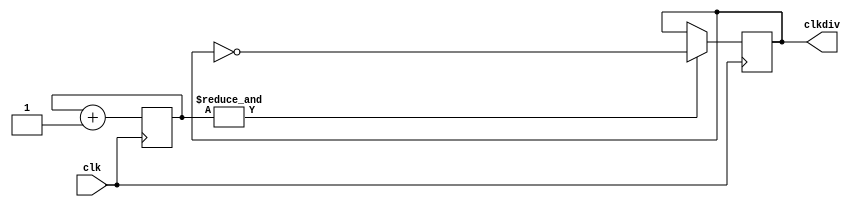
module clk_div16 (
    input clk,
    output reg clkdiv
  );

  reg [15:0] count_d, count_q;

  initial clkdiv = 1'b0;

  always @(*) begin
    count_d = count_q + 1'b1;
  end

  always @(posedge clk) begin
    count_q <= count_d;

    if (&count_q) begin
      clkdiv <= ~clkdiv;
    end
  end

endmodule // clk_div16